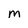
Character: m